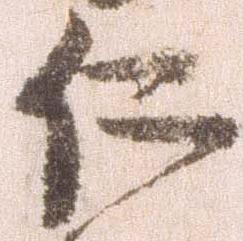
仁